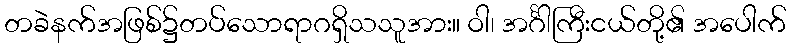
တခဲနက်အဖြစ်၌တပ်သောရာဂရှိသသူအား။ ဝါ၊ အင်္ဂါကြီးငယ်တို့၏ အပေါက်